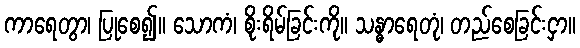
ကာရေတွာ၊ ပြုစေ၍။ သောကံ၊ စိုးရိမ်ခြင်းကို။ သန္ဓာရေတုံ၊ တည်စေခြင်းငှာ။